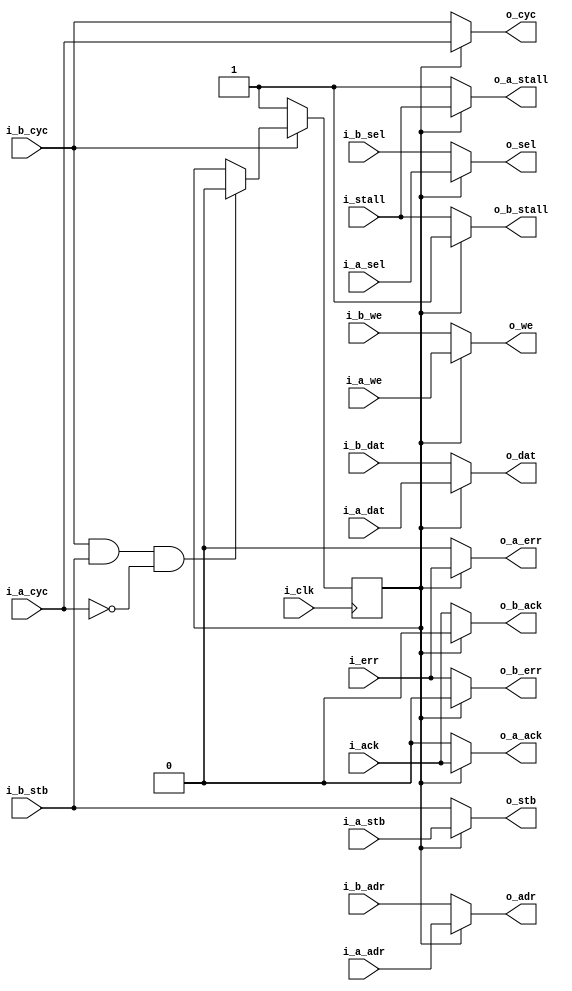
module	wbpriarbiter(i_clk,
	// Bus A
	i_a_cyc, i_a_stb, i_a_we, i_a_adr, i_a_dat, i_a_sel, o_a_ack, o_a_stall, o_a_err,
	// Bus B
	i_b_cyc, i_b_stb, i_b_we, i_b_adr, i_b_dat, i_b_sel, o_b_ack, o_b_stall, o_b_err,
	// Both buses
	o_cyc, o_stb, o_we, o_adr, o_dat, o_sel, i_ack, i_stall, i_err);
	parameter			DW=32, AW=32;
	//
	input	wire			i_clk;
	// Bus A
	input	wire			i_a_cyc, i_a_stb, i_a_we;
	input	wire	[(AW-1):0]	i_a_adr;
	input	wire	[(DW-1):0]	i_a_dat;
	input	wire	[(DW/8-1):0]	i_a_sel;
	output	wire			o_a_ack, o_a_stall, o_a_err;
	// Bus B
	input	wire			i_b_cyc, i_b_stb, i_b_we;
	input	wire	[(AW-1):0]	i_b_adr;
	input	wire	[(DW-1):0]	i_b_dat;
	input	wire	[(DW/8-1):0]	i_b_sel;
	output	wire			o_b_ack, o_b_stall, o_b_err;
	//
	output	wire			o_cyc, o_stb, o_we;
	output	wire	[(AW-1):0]	o_adr;
	output	wire	[(DW-1):0]	o_dat;
	output	wire	[(DW/8-1):0]	o_sel;
	input	wire			i_ack, i_stall, i_err;

	// Go high immediately (new cycle) if ...
	//	Previous cycle was low and *someone* is requesting a bus cycle
	// Go low immadiately if ...
	//	We were just high and the owner no longer wants the bus
	// WISHBONE Spec recommends no logic between a FF and the o_cyc
	//	This violates that spec.  (Rec 3.15, p35)
   	reg	r_a_owner;
	assign o_cyc = (r_a_owner) ? i_a_cyc : i_b_cyc;
	initial	r_a_owner = 1'b1;
	always @(posedge i_clk)
		if (!i_b_cyc)
			r_a_owner <= 1'b1;
		// Allow B to set its CYC line w/o activating this interface
		else if ((i_b_cyc)&&(i_b_stb)&&(!i_a_cyc))
			r_a_owner <= 1'b0;


	// Realistically, if neither master owns the bus, the output is a
	// don't care.  Thus we trigger off whether or not 'A' owns the bus.
	// If 'B' owns it all we care is that 'A' does not.  Likewise, if
	// neither owns the bus than the values on the various lines are
	// irrelevant.
	assign o_we  = (r_a_owner) ? i_a_we  : i_b_we;
`ifdef	ZERO_ON_IDLE
	//
	// ZERO_ON_IDLE will use up more logic and may even slow down the master
	// clock if set.  However, it may also reduce the power used by the
	// FPGA by preventing things from toggling when the bus isn't in use.
	// The option is here because it also makes it a lot easier to look
	// for when things happen on the bus via VERILATOR when timing and
	// logic counts don't matter.
	//
	assign o_stb     = (o_cyc)? ((r_a_owner) ? i_a_stb : i_b_stb):0;
	assign o_adr     = (o_stb)? ((r_a_owner) ? i_a_adr : i_b_adr):0;
	assign o_dat     = (o_stb)? ((r_a_owner) ? i_a_dat : i_b_dat):0;
	assign o_sel     = (o_stb)? ((r_a_owner) ? i_a_sel : i_b_sel):0;
	assign o_a_ack   = (o_cyc)&&( r_a_owner) ? i_ack   : 1'b0;
	assign o_b_ack   = (o_cyc)&&(!r_a_owner) ? i_ack   : 1'b0;
	assign o_a_stall = (o_cyc)&&( r_a_owner) ? i_stall : 1'b1;
	assign o_b_stall = (o_cyc)&&(!r_a_owner) ? i_stall : 1'b1;
	assign o_a_err   = (o_cyc)&&( r_a_owner) ? i_err : 1'b0;
	assign o_b_err   = (o_cyc)&&(!r_a_owner) ? i_err : 1'b0;
`else
	assign o_stb = (r_a_owner) ? i_a_stb : i_b_stb;
	assign o_adr = (r_a_owner) ? i_a_adr : i_b_adr;
	assign o_dat = (r_a_owner) ? i_a_dat : i_b_dat;
	assign o_sel = (r_a_owner) ? i_a_sel : i_b_sel;

	// We cannot allow the return acknowledgement to ever go high if
	// the master in question does not own the bus.  Hence we force it
	// low if the particular master doesn't own the bus.
	assign	o_a_ack   = ( r_a_owner) ? i_ack   : 1'b0;
	assign	o_b_ack   = (!r_a_owner) ? i_ack   : 1'b0;

	// Stall must be asserted on the same cycle the input master asserts
	// the bus, if the bus isn't granted to him.
	assign	o_a_stall = ( r_a_owner) ? i_stall : 1'b1;
	assign	o_b_stall = (!r_a_owner) ? i_stall : 1'b1;

	//
	//
	assign	o_a_err = ( r_a_owner) ? i_err : 1'b0;
	assign	o_b_err = (!r_a_owner) ? i_err : 1'b0;
`endif

endmodule